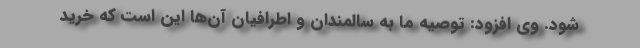
شود. وی افزود: توصیه ما به سالمندان و اطرافیان آن‌ها این است که خرید